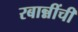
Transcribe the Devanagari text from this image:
रबान्नींची